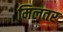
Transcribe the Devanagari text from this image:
मिलतर